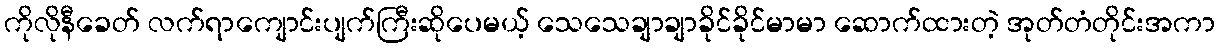
ကိုလိုနီခေတ် လက်ရာကျောင်းပျက်ကြီးဆိုပေမယ့် သေသေချာချာခိုင်ခိုင်မာမာ ဆောက်ထားတဲ့ အုတ်တံတိုင်းအကာ